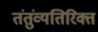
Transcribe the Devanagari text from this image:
तंतुंव्यतिरिक्त